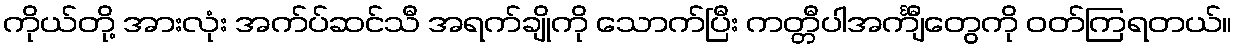
ကိုယ်တို့ အားလုံး အက်ပ်ဆင်သီ အရက်ချိုကို သောက်ပြီး ကတ္တီပါအင်္ကျီတွေကို ဝတ်ကြရတယ်။